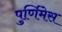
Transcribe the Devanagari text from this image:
पुर्णिमेस